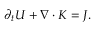
\begin{array} { r } { \partial _ { t } U + \nabla \cdot K = J . } \end{array}